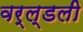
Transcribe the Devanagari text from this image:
वर्ल्डली